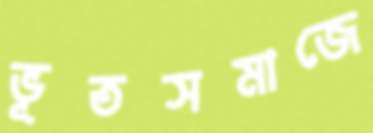
ভূতসমাজে